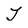
Character: T